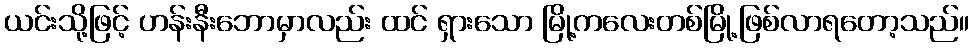
ယင်းသို့ဖြင့် ဟန်းနီးဘောမှာလည်း ထင် ရှားသော မြို့ကလေးတစ်မြို့ဖြစ်လာရတော့သည်။